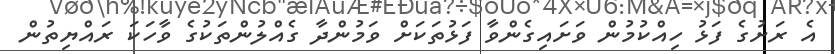
އެ ރަށުގެ ފަޅު ހިއްކުމުން ވަށައިގެންވާ ފަޅުތަކަށް ވަމުންދާ ގެއްލުންތަކުގެ ވާހަކަ ރައްޔިތުން